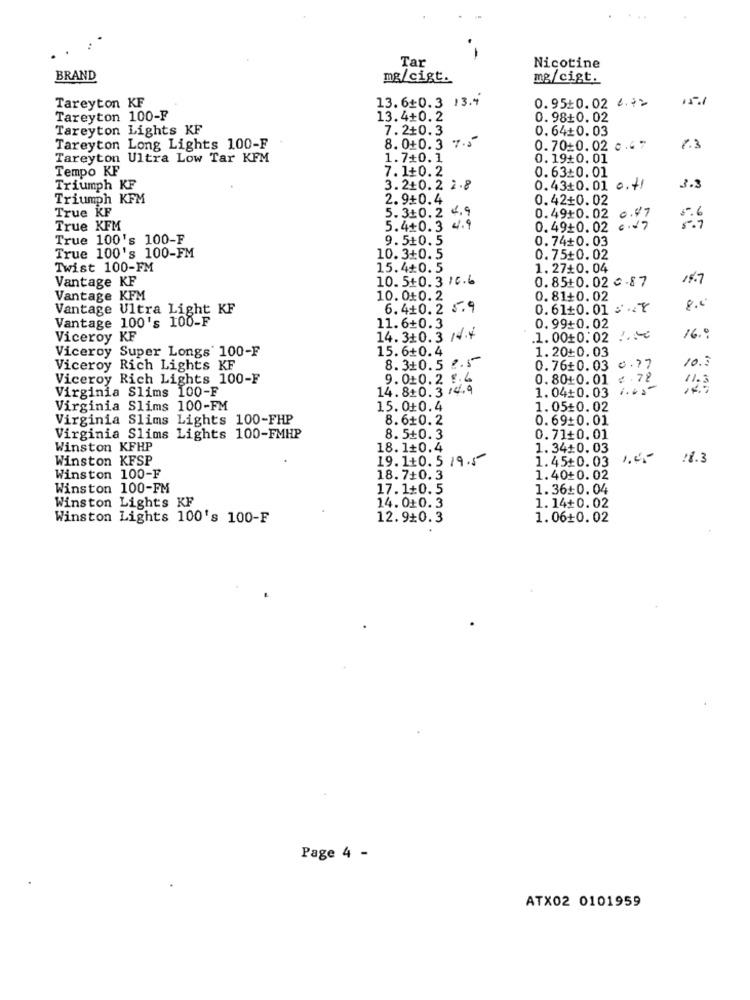
Tar
-
Nicotine
BRAND
mg/cigt.
mg/cigt.
13.6+0.3 13.4
15.1
Tareyton KF
0.9510.02 4.72
Tareyton 100-F
13.4+0.2
0.98+0. 02
Tareyton Lights KF
7.2+0.3
0.64+0.03
Tareyton Long Lights 100-F
8. 0+0. 3 7.3"
0.70 0.02 c.4 7
1.3
Tareyton Ultra Low Tar KFM
1.7+0.1
0.19#0.01
Tempo KF
7. 1+0.2
0.63:0.01
Triumph KF
3.2+0.2 2.8
0.43+0.01 0.41
Triumph KFM
2.9+0.4
0.42+0.02
True KF
5.3+0.2 4.9
0.49+0.02 0.47
True KFM
5.4+0.3 4.9
0.49+0.02 6.27
True 100's 100-F
9.510.5
0.74+0.03
True 100's 100-FM
10.3+0.5
0.75+0.02
Twist 100-FM
15.4+0.5
1. 27+0.04
Vantage KF
10.5+0.3 16.6
0.85+0.02 € -8 7
14.7
Vantage KFM
10.010.2
0.81+0.02
Vantage Ultra Light KF
6. 4+0.2 5.9
0.61+0.01 .. Y
8,0
Vantage 100's 100-F
11.6+0.3
0.99+0.02
Viceroy KF
14. 3+0.3 /4.4
1.0010:02 :
16.º
Viceroy Super Longs' 100-F
15.6+0.4
1.20+0.03
10.3
Viceroy Rich Lights KF
8.3+0.5 2.5
0.76+0.03
0.77
Viceroy Rich Lights 100-F
9. 010.2 8.4
0.80+0.01
Virginia Slims 100-F
14. 8+0. 3 14.9
1.04+0.03
1.05
0.78
11.3
Virginia Slims 100-FM
15.010.4
1.05+0.02
Virginia Slims Lights 100-FHP
8.6+0.2
0.69+0.01
Virginia Slims Lights 100-FMHP
8.5+0.3
0.71+0.01
Winston KFHP
18.1+0.4
1.34+0.03
Winston KFSP
19.1+0.5 19.5
1.45+0.03 1.4.
Winston 100-F
18.7+0.3
1.40+0.02
Winston 100-FM
17.1+0.5
1.36+0.04
Winston Lights KF
14.010.3
1.14+0.02
Winston Lights 100's 100-F
12.9+0.3
1.06+0.02
Page 4 -
ATX02 0101959